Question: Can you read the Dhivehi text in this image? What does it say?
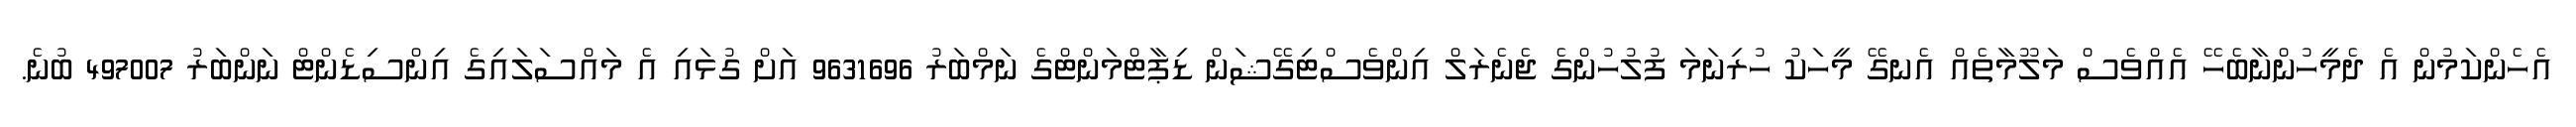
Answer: އެހެންކަމުން އެ ދެމީހުންނާބެހޭ އެއްވެސް މަލޫމާތެއް އެނގޭ މީހަކު ހުރިނަމަ ފުލުހުންގެ ޖެނެރަލް އިންވެސްޓިގޭޝަން ޑިޕާޓްމަންޓްގެ ނަމްބަރު 9631696 އަށް ގުޅައި އެ މައްސަލައިގެ އިންސިޑެންޓް ނަންބަރު 497007 ބުނެ.